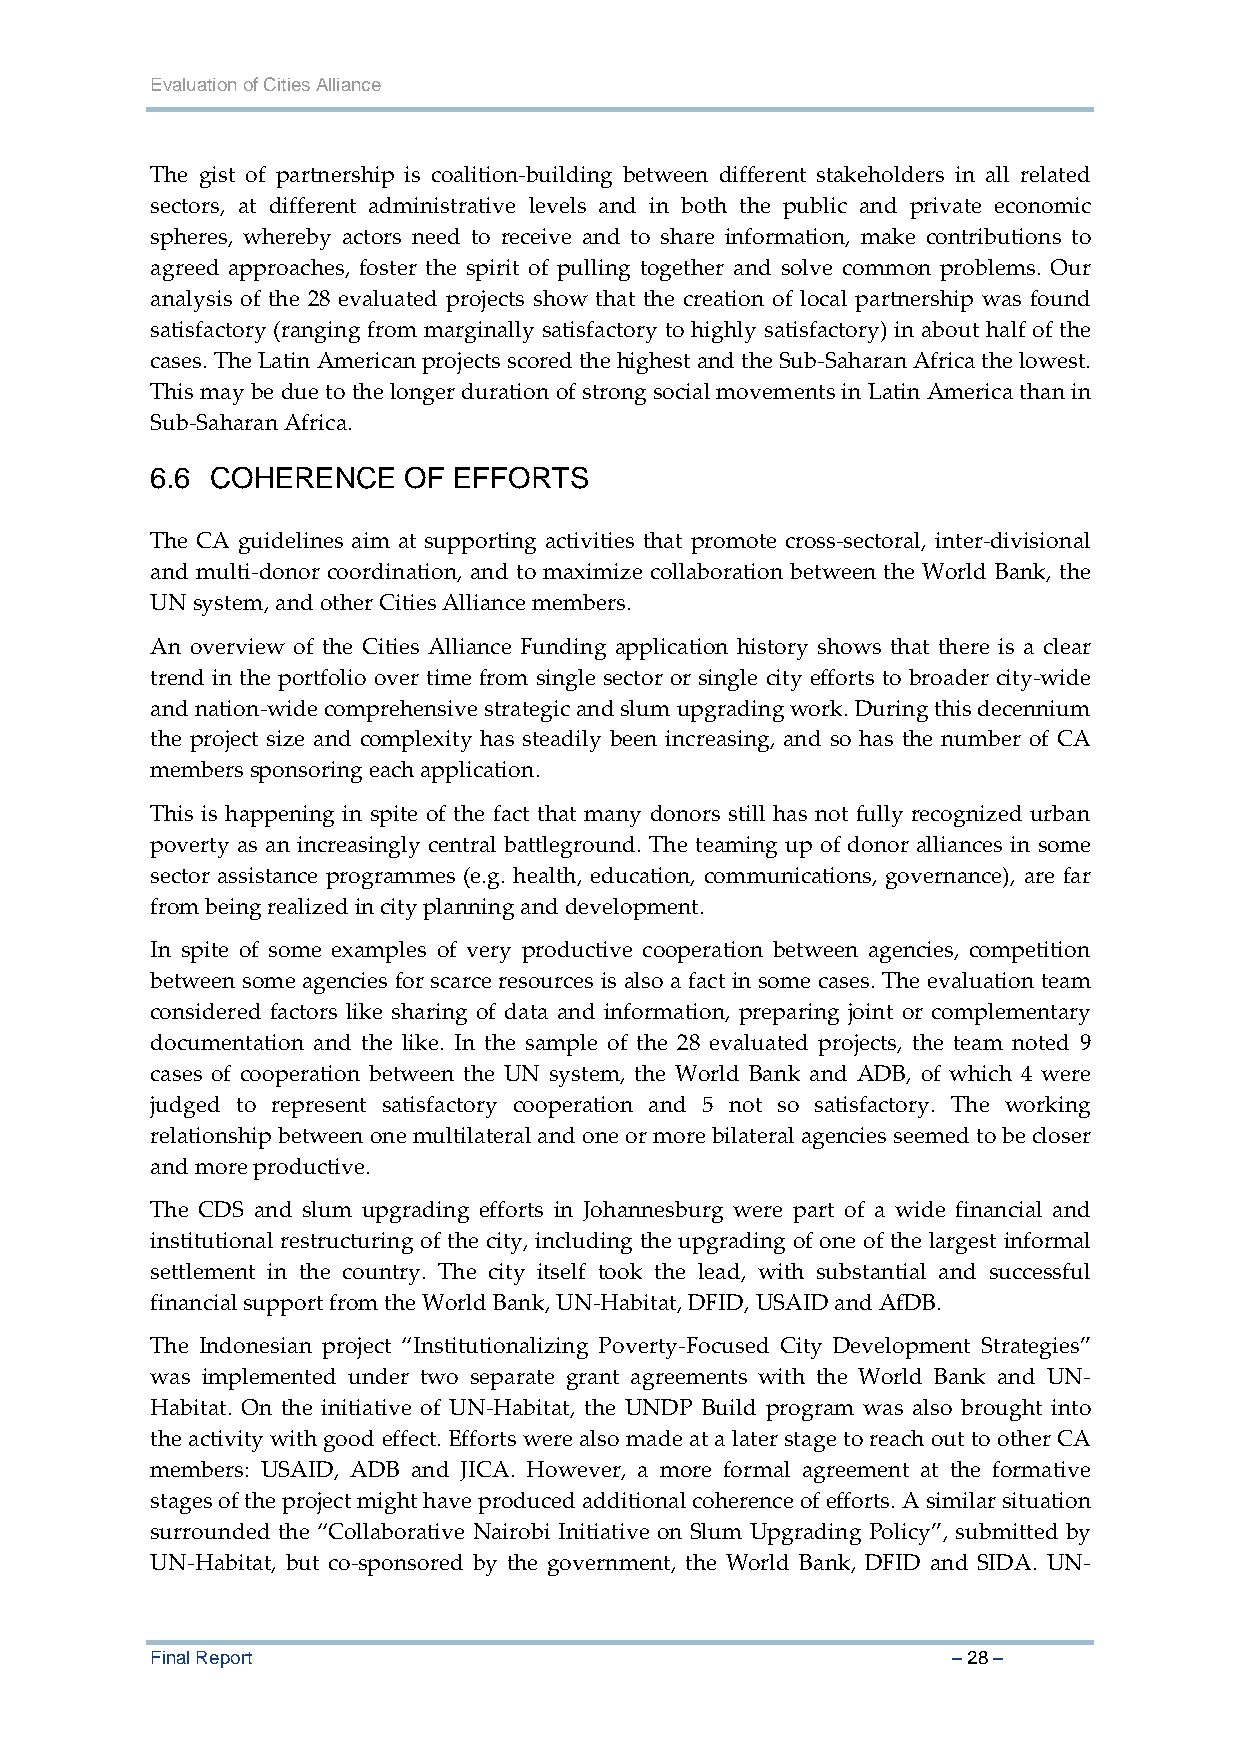
Evaluation of Cities Alliance
 The gist of partnership is coalition‐building between different stakeholders in all related
 sectors, at different administrative levels and in both the public and private economic
 spheres, whereby actors need to receive and to share information, make contributions to
 agreed approaches, foster the spirit of pulling together and solve common problems. Our
 analysis of the 28 evaluated projects show that the creation of local partnership was found
 satisfactory (ranging from marginally satisfactory to highly satisfactory) in about half of the
 cases. The Latin American projects scored the highest and the Sub‐Saharan Africa the lowest.
 This may be due to the longer duration of strong social movements in Latin America than in
 Sub‐Saharan Africa.
 6.6 COHERENCE    OF EFFORTS
 The CA guidelines aim at supporting activities that promote cross‐sectoral, inter‐divisional
 and multi‐donor coordination, and to maximize collaboration between the World Bank, the
 UN system, and other Cities Alliance members.
 An overview of the Cities Alliance Funding application history shows that there is a clear
 trend in the portfolio over time from single sector or single city efforts to broader city‐wide
 and nation‐wide comprehensive strategic and slum upgrading work. During this decennium
 the project size and complexity has steadily been increasing, and so has the number of CA
 members sponsoring each application.
 This is happening in spite of the fact that many donors still has not fully recognized urban
 poverty as an increasingly central battleground. The teaming up of donor alliances in some
 sector assistance programmes (e.g. health, education, communications, governance), are far
 from being realized in city planning and development.
 In spite of some examples of very productive cooperation between agencies, competition
 between some agencies for scarce resources is also a fact in some cases. The evaluation team
 considered factors like sharing of data and information, preparing joint or complementary
 documentation and the like. In the sample of the 28 evaluated projects, the team noted 9
 cases of cooperation between the UN system, the World Bank and ADB, of which 4 were
 judged to represent satisfactory cooperation and 5 not so satisfactory. The working
 relationship between one multilateral and one or more bilateral agencies seemed to be closer
 and more productive.
 The CDS and slum upgrading efforts in Johannesburg were part of a wide financial and
 institutional restructuring of the city, including the upgrading of one of the largest informal
 settlement in the country. The city itself took the lead, with substantial and successful
 financial support from the World Bank, UN‐Habitat, DFID, USAID and AfDB.
 The Indonesian project “Institutionalizing Poverty‐Focused City Development Strategies”
 was implemented under two separate grant agreements with the World Bank and UN‐
 Habitat. On the initiative of UN‐Habitat, the UNDP Build program was also brought into
 the activity with good effect. Efforts were also made at a later stage to reach out to other CA
 members: USAID, ADB and JICA. However, a more formal agreement at the formative
 stages of the project might have produced additional coherence of efforts. A similar situation
 surrounded the “Collaborative Nairobi Initiative on Slum Upgrading Policy”, submitted by
 UN‐Habitat, but co‐sponsored by the government, the World Bank, DFID and SIDA. UN‐
 Final Report                                         – 28 –